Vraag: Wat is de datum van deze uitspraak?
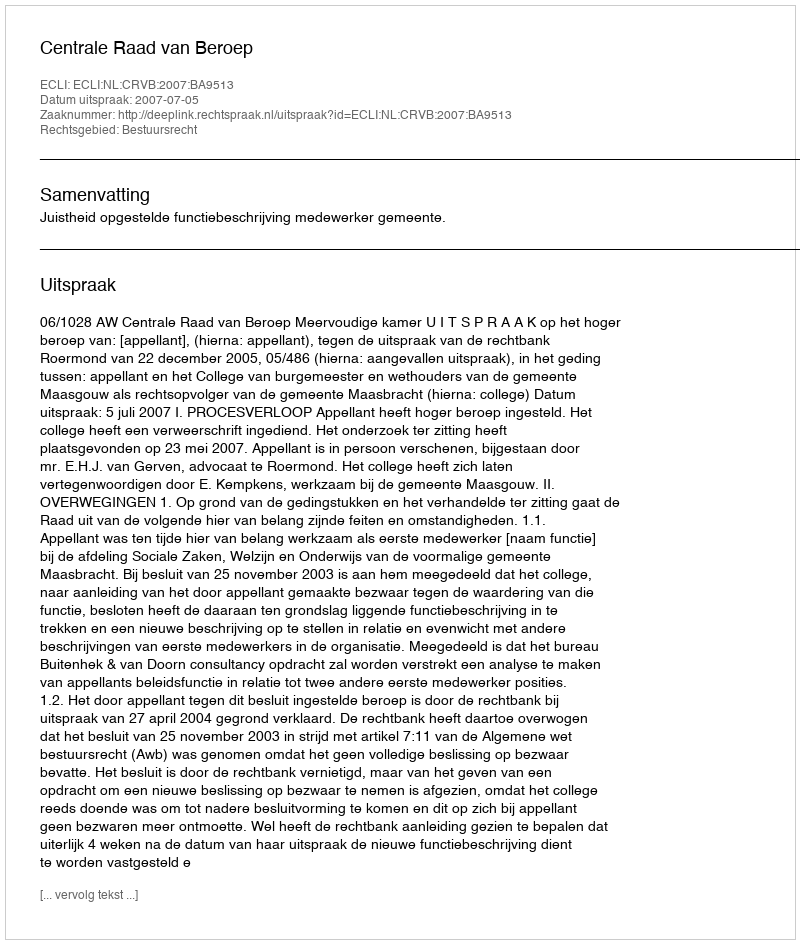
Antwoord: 2007-07-05